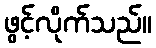
ဖွင့်လိုက်သည်။